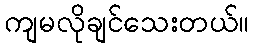
ကျမလိုချင်သေးတယ်။